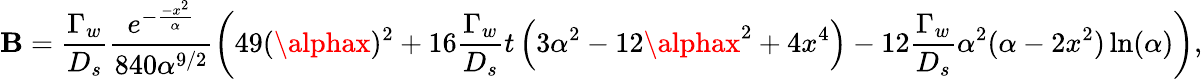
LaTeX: \mathbf{B}=\frac{{\Gamma_{w}}}{{D_{s}}}\frac{{e^{-\frac{{-x^{2}}}{{\alpha}}}}}{{840\alpha^{9/2}}}\left(49(\alphax)^{2}+16\frac{{\Gamma_{w}}}{{D_{s}}}t\left(3\alpha^{2}-12\alphax^{2}+4x^{4}\right)-12\frac{{\Gamma_{w}}}{{D_{s}}}\alpha^{2}(\alpha-2x^{2})\ln(\alpha)\right),